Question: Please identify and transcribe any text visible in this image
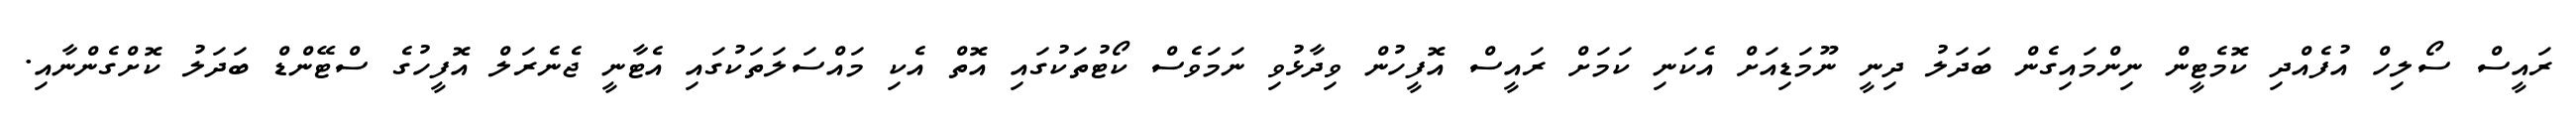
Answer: ރައީސް ސޯލިހް އުފެއްދި ކޮމެޓީން ނިންމައިގެން ބަދަލު ދިނީ ނޫމަޑިއަށް އެކަނި ކަމަށް ރައީސް އޮފީހުން ވިދާޅުވި ނަމަވެސް ކޯޓުތަކުގައި އޮތް އެކި މައްސަލަތަކުގައި އެޓާނީ ޖެނެރަލް އޮފީހުގެ ސްޓޭންޑް ބަދަލު ކޮށްގެންނާއި.